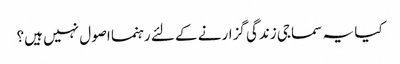
کیا یہ سماجی زندگی گزارنے کے لئے رہنما اصول نہیں ہیں؟